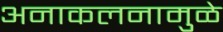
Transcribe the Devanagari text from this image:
अनाकलनामुळे